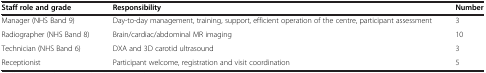
<table><thead><tr><td><b>Staff role and grade</b></td><td><b>Responsibility</b></td><td><b>Number</b></td></tr></thead><tbody><tr><td>Manager (NHS Band 9)</td><td>Day-to-day management, training, support, efficient operation of the centre, participant assessment</td><td>3</td></tr><tr><td>Radiographer (NHS Band 8)</td><td>Brain/cardiac/abdominal MR imaging</td><td>10</td></tr><tr><td>Technician (NHS Band 6)</td><td>DXA and 3D carotid ultrasound</td><td>3</td></tr><tr><td>Receptionist</td><td>Participant welcome, registration and visit coordination</td><td>5</td></tr></tbody></table>